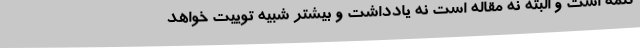
کلمه است و البته نه مقاله است نه یادداشت و بیشتر شبیه توییت خواهد